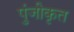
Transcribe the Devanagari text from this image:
पुंजीकृत